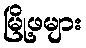
မြို့ဖများ